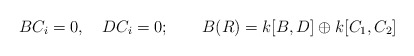
\begin{align*}BC_i=0,\quad DC_i=0;\qquad B(R)=k[B,D]\oplus k[C_1,C_2]\end{align*}